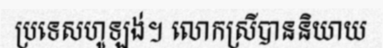
ប្រទេសហូឡង់។ លោកស្រីបាននិយាយ